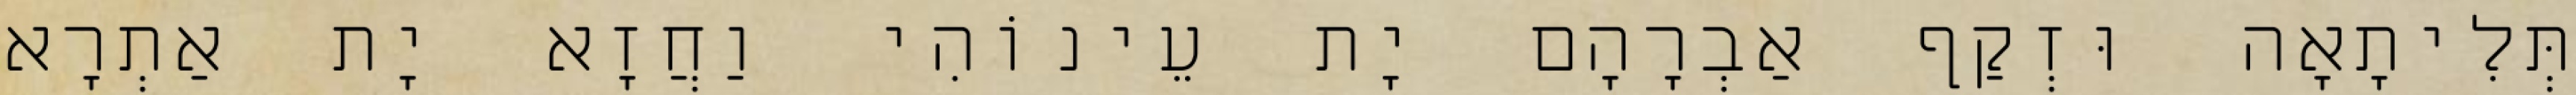
תְּלִיתָאָה וּזְקַף אַבְרָהָם יָת עֵינוֹהִי וַחֲזָא יָת אַתְרָא